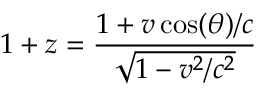
1 + z = { \frac { 1 + v \cos ( \theta ) / c } { \sqrt { 1 - v ^ { 2 } / c ^ { 2 } } } }